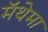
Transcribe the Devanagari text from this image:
मॅथेमा